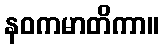
နဝကမာတိကာ။